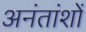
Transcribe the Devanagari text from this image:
अनंतांशों